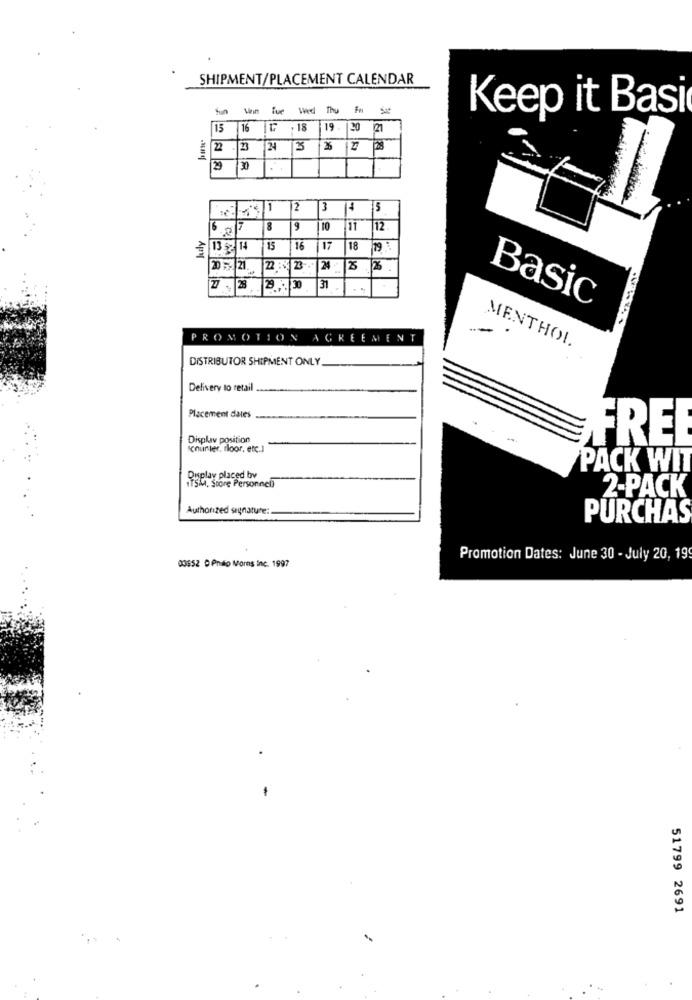
SHIPMENT/PLACEMENT CALENDAR
Min Tue Wed T
Fm Sat
Keep it Basi
15 16 |₲ ,18 19. 20 21
3
2 |30
* 1
2
3
15
7
8
9
10
11
12
13 - 14
15
16
17
18
21
22 :
23-
24
25 .26 .
77
31
28
29 ... 30
Basic
PROMOTION AGREEMENT
MENTHOL
DISTRIBUTOR SHIPMENT ONLY
Delivery to retail
Placement dales
Display position
-
FREE
cnurter, floor, etc.]
PACK WIT
Display placed by
sia, Store Personnel)
2-PACK
Authorized signature:
PURCHAS
Promotion Dates: June 30 - July 20, 19
00652 0 Pnalo Morns Inc. 1997
51799 2691